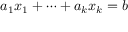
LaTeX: a _ { 1 } x _ { 1 } + \cdots + a _ { k } x _ { k } = b